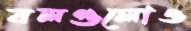
বলগুলোও